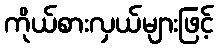
ကိုယ်စားလှယ်များဖြင့်